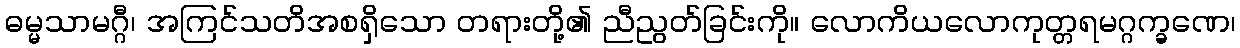
ဓမ္မသာမဂ္ဂီ၊ အကြင်သတိအစရှိသော တရားတို့၏ ညီညွတ်ခြင်းကို။ လောကိယလောကုတ္တရမဂ္ဂက္ခဏေ၊